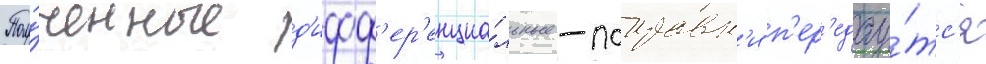
Полу́ченные д'ифф'ер'енциа́льные -поправк'и п'ер'едау́тс'я